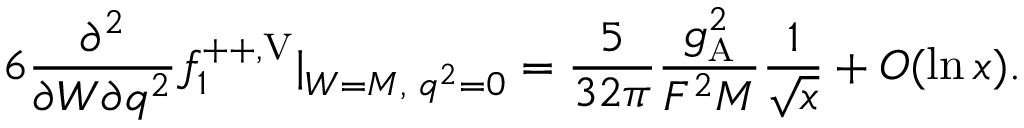
6 \frac { \partial ^ { 2 } } { \partial W \partial q ^ { 2 } } f _ { 1 } ^ { + + , \mathrm { V } } | _ { W = M , \, \, q ^ { 2 } = 0 } = \frac { 5 } { 3 2 \pi } \frac { g _ { \mathrm { \scriptscriptstyle A } } ^ { 2 } } { F ^ { 2 } M } \frac { 1 } { \sqrt { x } } + { \cal O } ( { \ln x } ) .